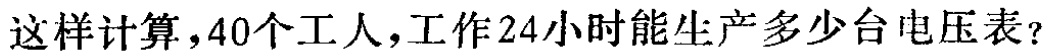
这样计算，40个工人，工作24小时能生产多少台电压表？